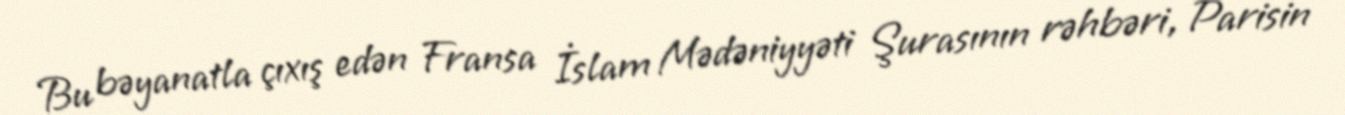
Bu bəyanatla çıxış edən Fransa İslam Mədəniyyəti Şurasının rəhbəri, Parisin